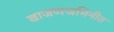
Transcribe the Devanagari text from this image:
खाजणजमिनीत